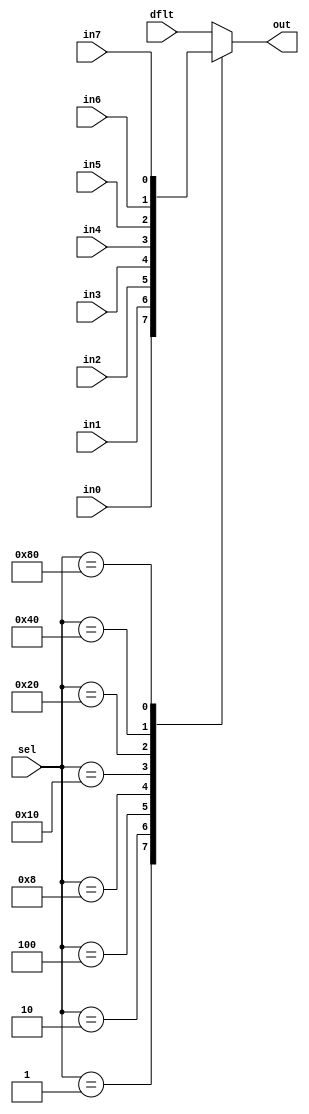
module Mux1hotWithDefault8 #(parameter WIDTH=1)
(
  input  [WIDTH-1:0]     in0,
  input  [WIDTH-1:0]     in1,
  input  [WIDTH-1:0]     in2,
  input  [WIDTH-1:0]     in3,
  input  [WIDTH-1:0]     in4,
  input  [WIDTH-1:0]     in5,
  input  [WIDTH-1:0]     in6,
  input  [WIDTH-1:0]     in7,
  input  [WIDTH-1:0]     dflt,
  input  [8-1:0]         sel,
  output reg [WIDTH-1:0] out
);
  always @(*)
  begin: MUX
    case(sel)
      8'b00000001: out = in0;
      8'b00000010: out = in1;
      8'b00000100: out = in2;
      8'b00001000: out = in3;
      8'b00010000: out = in4;
      8'b00100000: out = in5;
      8'b01000000: out = in6;
      8'b10000000: out = in7;
      default: out = dflt;
    endcase
  end

endmodule